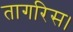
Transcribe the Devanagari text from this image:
तागरिस।